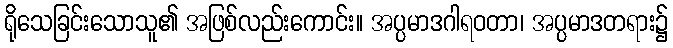
ရိုသေခြင်းသောသူ၏ အဖြစ်လည်းကောင်း။ အပ္ပမာဒဂါရဝတာ၊ အပ္ပမာဒတရား၌